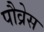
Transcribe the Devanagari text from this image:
पौव्रेस